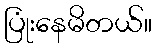
ပြုံးနေမိတယ်။